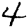
Digit: 4